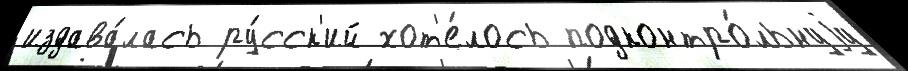
издава́лась ру́сск'ий хот'е́лось подконтро́льнуjу